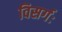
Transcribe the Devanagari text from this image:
विसर्गः